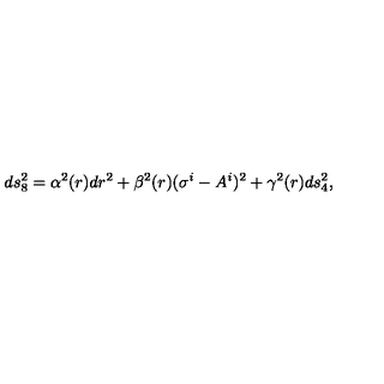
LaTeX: d s _ { 8 } ^ { 2 } = \alpha ^ { 2 } ( r ) d r ^ { 2 } + \beta ^ { 2 } ( r ) ( \sigma ^ { i } - A ^ { i } ) ^ { 2 } + \gamma ^ { 2 } ( r ) d s _ { 4 } ^ { 2 } ,